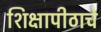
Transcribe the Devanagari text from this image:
शिक्षापीठाचे